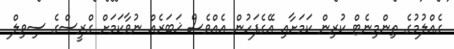
ގެއްލުމުގެ ތިންމިނެޓް ކުރިން ކަމަށާއި އޭގެފަހުން އެއްވެސް ޚަބަރެއް ނުވާކަމަށް ގްރީސްގެ ސިވިލް